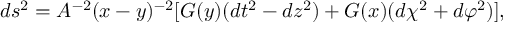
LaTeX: d s ^ { 2 } = A ^ { - 2 } ( x - y ) ^ { - 2 } [ G ( y ) ( d t ^ { 2 } - d z ^ { 2 } ) + G ( x ) ( d \chi ^ { 2 } + d \varphi ^ { 2 } ) ] ,